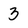
Character: 3